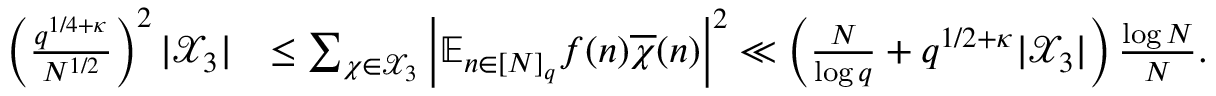
\begin{array} { r l } { \left( \frac { q ^ { 1 / 4 + \kappa } } { N ^ { 1 / 2 } } \right) ^ { 2 } | \mathcal { X } _ { 3 } | } & { \leq \sum _ { \chi \in \mathcal { X } _ { 3 } } \left| \mathbb { E } _ { n \in [ N ] _ { q } } f ( n ) \overline { { \chi } } ( n ) \right| ^ { 2 } \ll \left( \frac { N } { \log q } + q ^ { 1 / 2 + \kappa } | \mathcal { X } _ { 3 } | \right) \frac { \log N } { N } . } \end{array}